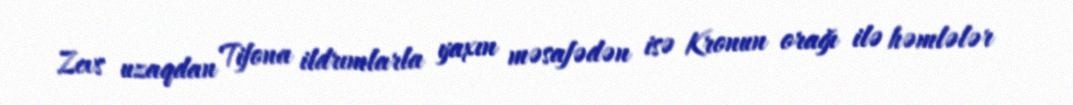
Zevs uzaqdan Tifona ildrımlarla yaxın məsafədən isə Kronun orağı ilə həmlələr